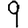
Digit: 9